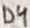
Text: D4